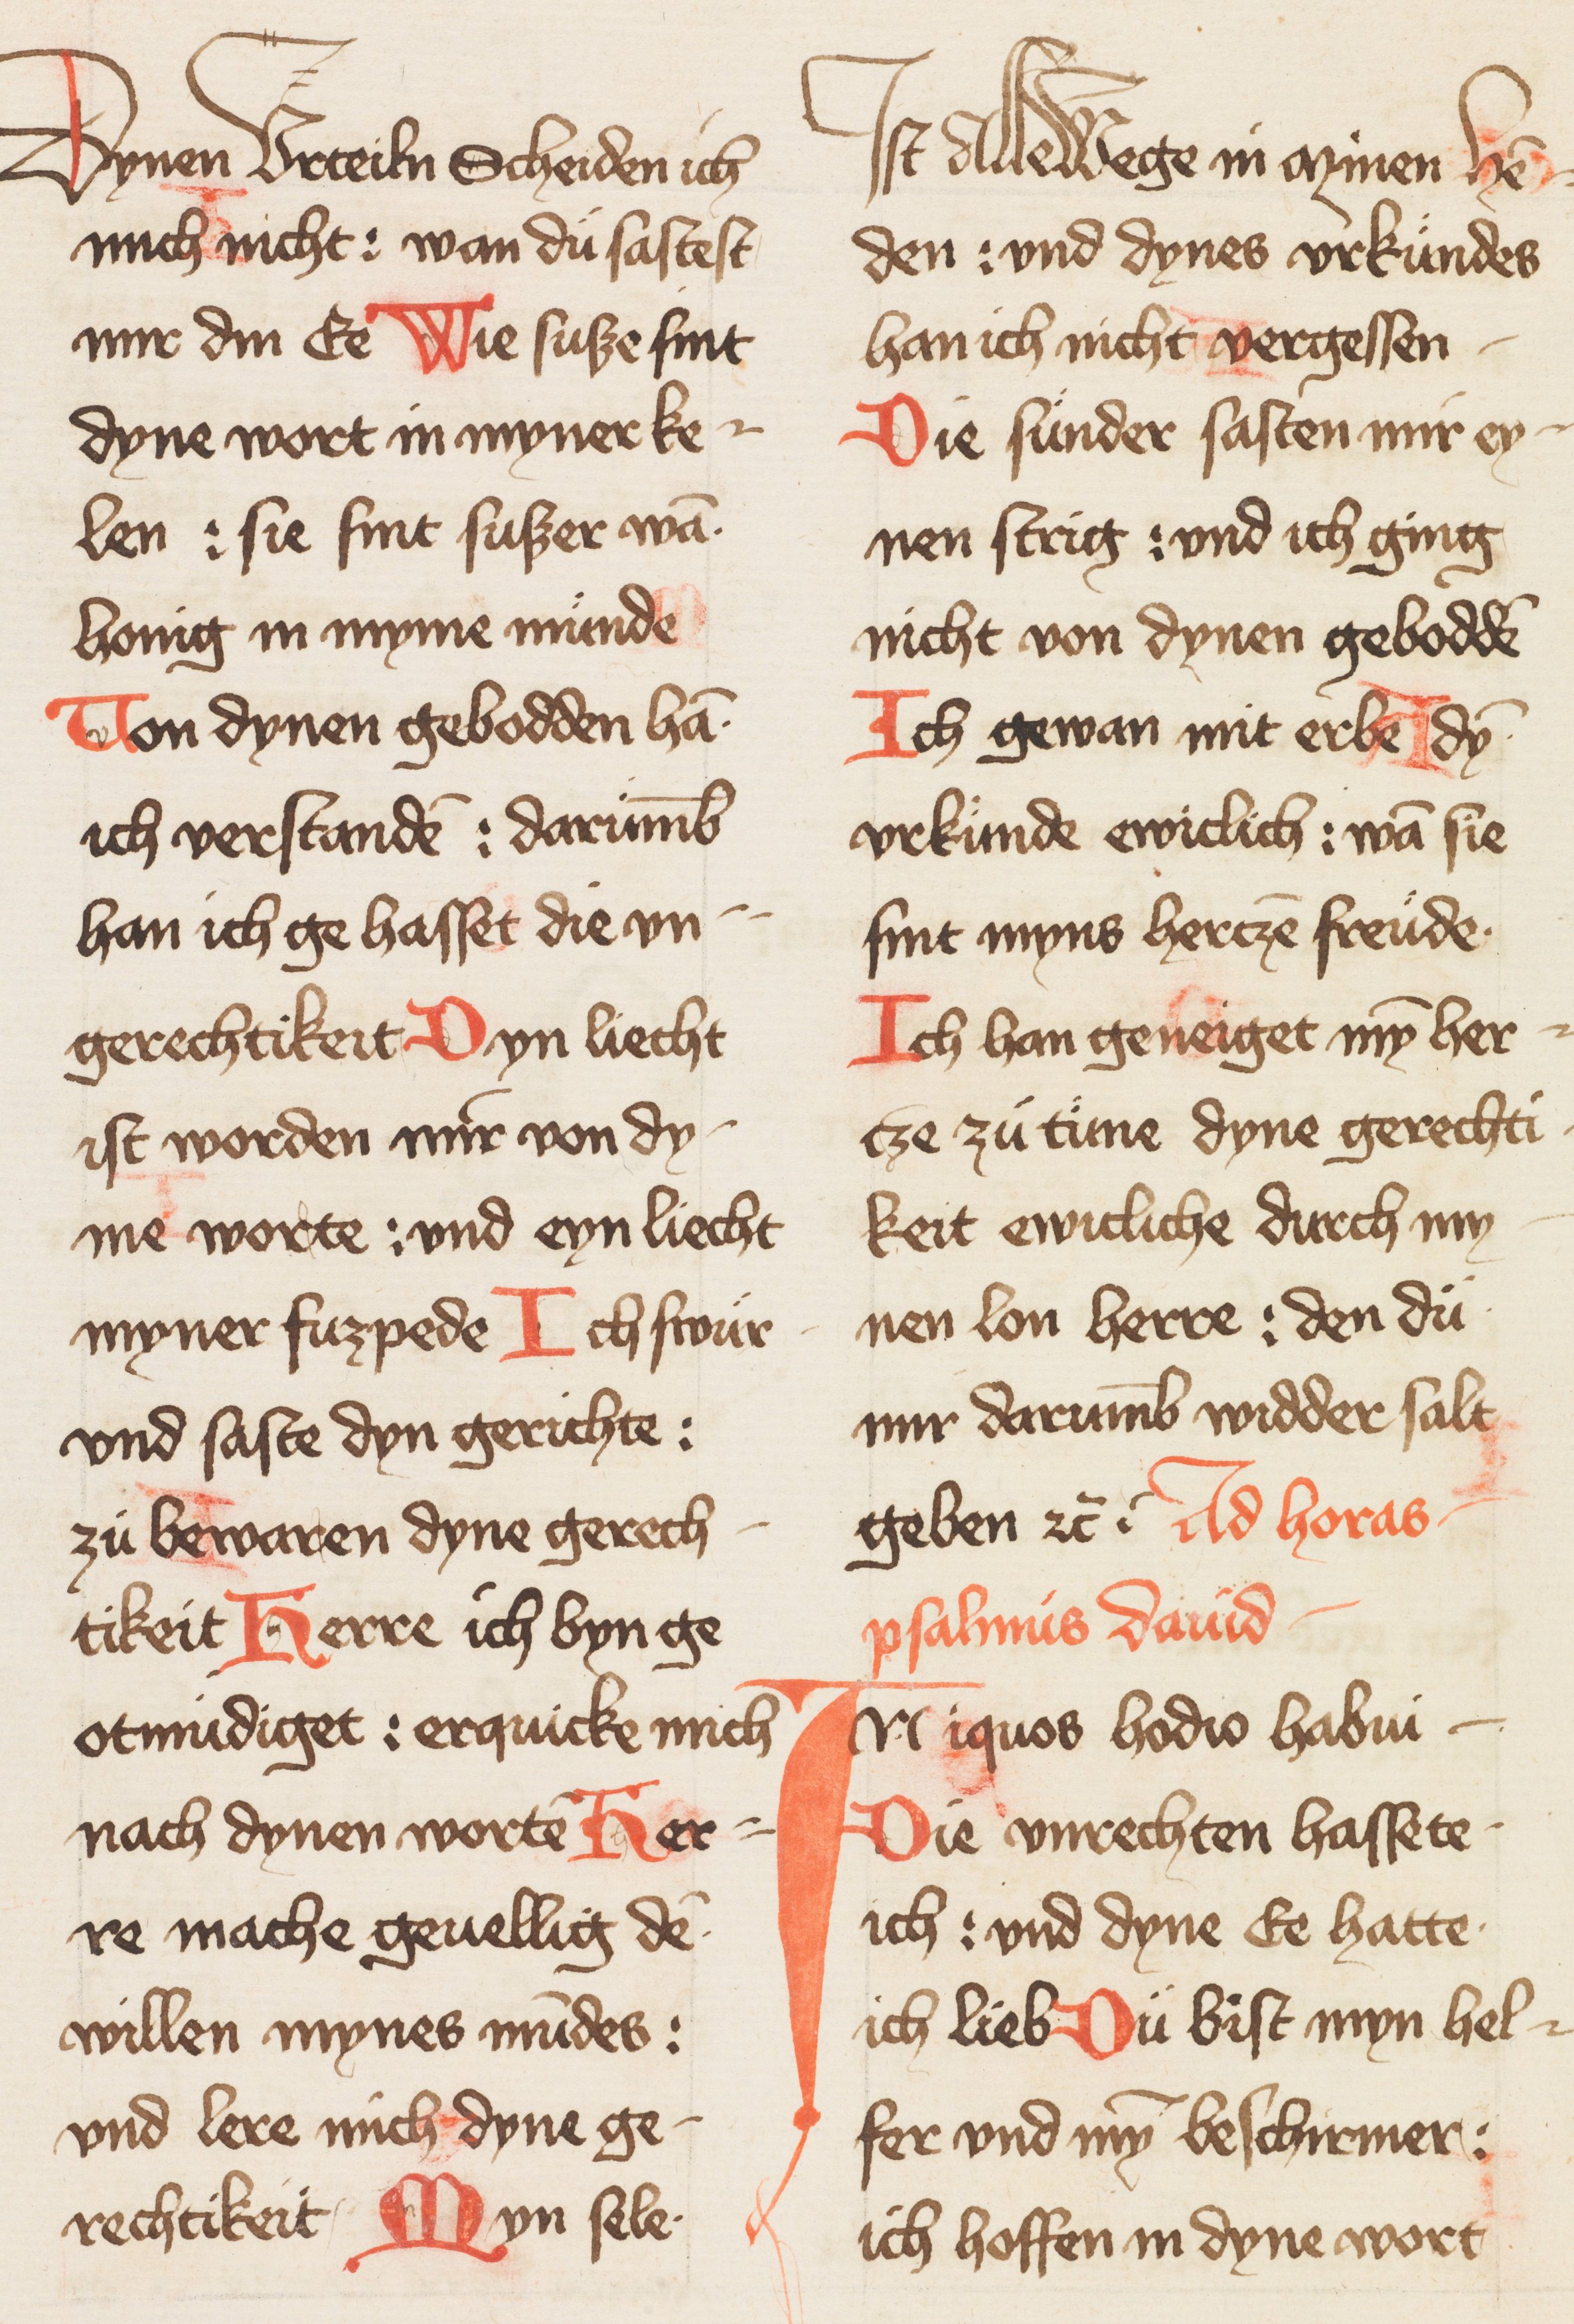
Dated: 1400–1424